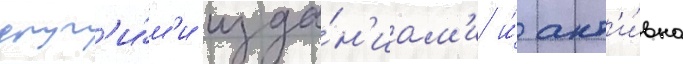
друг'и́м'и изда́н'иам'и и́ акт'и́вно